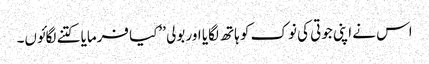
اس نے اپنی جوتی کی نوک کو ہاتھ لگایا اور بولی ’’کیا فرمایا کتنے لگائوں۔